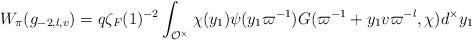
LaTeX: \begin{align*}W_{\pi}(g_{-2,l,v}) = q\zeta_F(1)^{-2} \int_{\mathcal{O}^{\times}} \chi(y_1)\psi(y_1\varpi^{-1})G(\varpi^{-1}+y_1v\varpi^{-l},\chi)d^{\times}y_1 \end{align*}